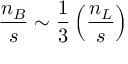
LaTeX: \frac { n _ { B } } { s } \sim \frac { 1 } { 3 } \left( \frac { n _ { L } } { s } \right)